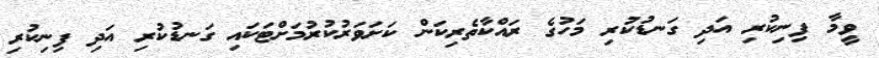
ވީމާ ފިނިކުރި އަދި ގަނޑުކުރި މަހުގެ ރައްކާތެރިކަން ކަށަވަރުކުރުމަށްޓަކައި ގަނޑުކުރި އަދި ފިނިކުރި